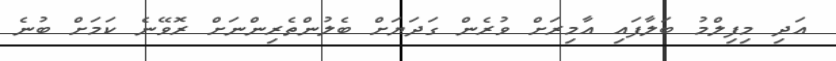
އަދި މިފިލްމު ބަލާފައި އާމިރަށް ވުރެން ގަދަޔަށް ބެލުންތެރިންނަށް ރޮވޭނެ ކަމަށް ބުނެ